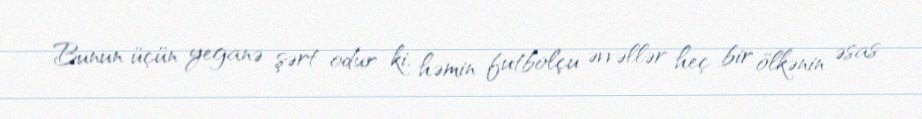
Bunun üçün yeganə şərt odur ki, həmin futbolçu əvvəllər heç bir ölkənin əsas